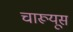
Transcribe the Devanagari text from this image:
चारूयूस